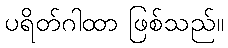
ပရိတ်ဂါထာ ဖြစ်သည်။